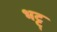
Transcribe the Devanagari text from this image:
भट्ट़